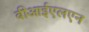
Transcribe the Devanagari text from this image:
बीआईएलएन